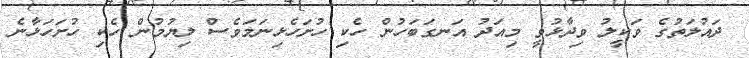
ދައުލަތުގެ ވަކީލު ވިދާޅުވީ މިއަދު އަނގަބަހުން ހެކި ހުށަހެޅިނަމަވެސް ލިޔުމުން ހެކި ހުށަހަޅާނެ